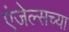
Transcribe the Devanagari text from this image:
एंजेल्सच्या